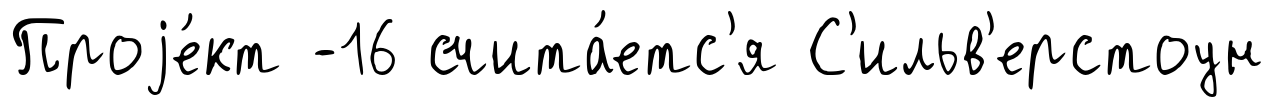
Проjе́кт -16 счита́етс'я С'ильв'ерстоун